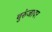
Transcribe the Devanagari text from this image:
बुरुंजावर